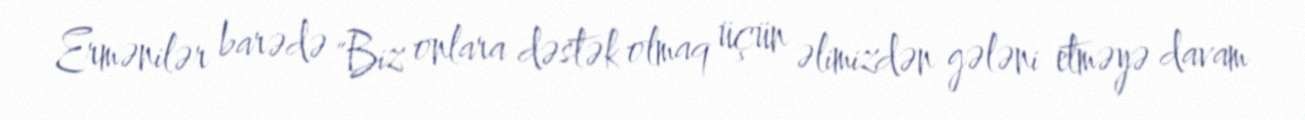
Ermənilər barədə "Biz onlara dəstək olmaq üçün əlimizdən gələni etməyə davam